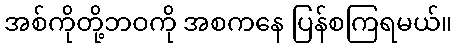
အစ်ကိုတို့ဘဝကို အစကနေ ပြန်စကြရမယ်။